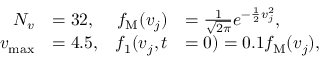
\begin{array} { r l r l } { N _ { v } } & { = 3 2 , } & { f _ { \mathrm { M } } ( v _ { j } ) } & { = \frac { 1 } { \sqrt { 2 \pi } } e ^ { - \frac { 1 } { 2 } v _ { j } ^ { 2 } } , } \\ { v _ { \operatorname* { m a x } } } & { = 4 . 5 , } & { f _ { 1 } ( v _ { j } , t } & { = 0 ) = 0 . 1 f _ { \mathrm { M } } ( v _ { j } ) , } \end{array}